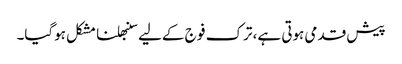
پیش قدمی ہوتی ہے، ترک فو ج کےلیے سنبھلنا مشکل ہوگیا۔